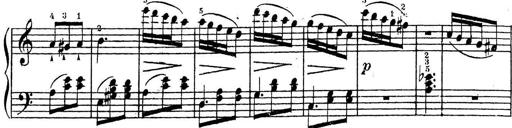
Title: 10 Sonatinas
Composer: Fritz Spindler